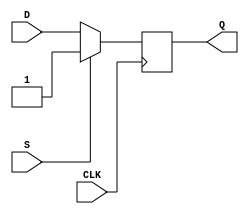
module d_flip_flop(
    input D,
    input CLK,
    input S,
    output reg Q
);

always @(posedge CLK) begin
    if (S == 1'b1) begin
        Q <= 1'b1;
    end else begin
        Q <= D;
    end
end

endmodule